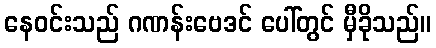
နေဝင်းသည် ဂဏန်းဗေဒင် ပေါ်တွင် မှီခိုသည်။